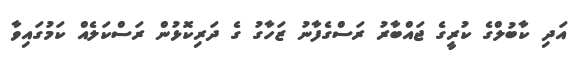
އަދި ކާބުލްގެ ކުރީގެ ޖައްބާރު ރަސްގެފާނު ޒަހާގު ގެ ދަރިކޮޅުން ރަސްކަލެއް ކަމުގައިވާ